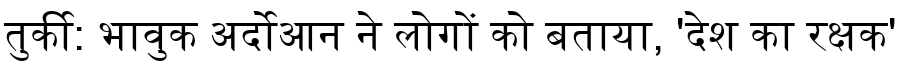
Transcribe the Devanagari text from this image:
तुर्की: भावुक अर्दोआन ने लोगों को बताया, 'देश का रक्षक'